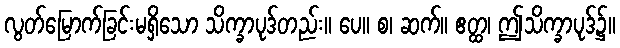
လွတ်မြောက်ခြင်းမရှိသော သိက္ခာပုဒ်တည်း။ ပေ။ စ၊ ဆက်။ ဧတ္ထ၊ ဤသိက္ခာပုဒ်၌။